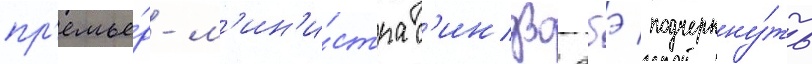
пр'емье́р-м'ин'и́стра с'индзо абэ подчеркну́ть